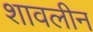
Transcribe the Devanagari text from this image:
शावलीन